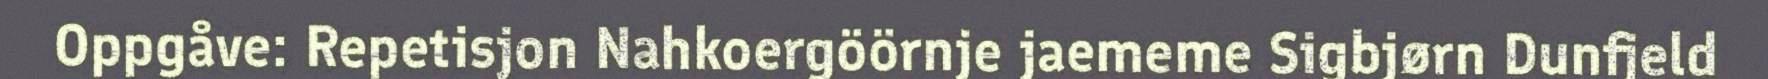
Oppgåve: Repetisjon Nahkoergöörnje jaememe Sigbjørn Dunfjeld